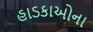
હાડકાઓના